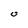
Character: u